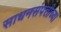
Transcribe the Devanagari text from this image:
साधनसंपत्तीच्या